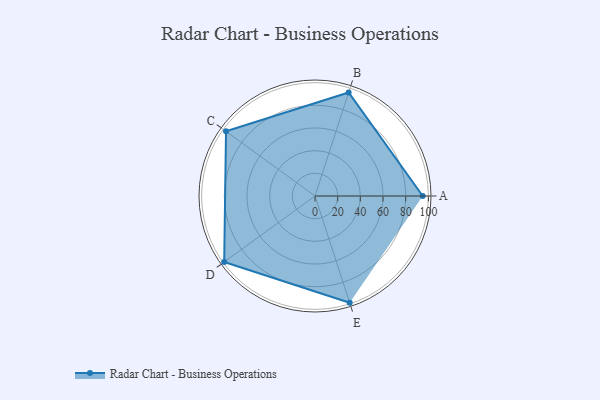
{"axis": {"x": "Skill", "y": "Score"}, "legend": ["Profile"], "data": [{"x": "A", "y": 95.0, "type": "Profile"}, {"x": "B", "y": 96.0, "type": "Profile"}, {"x": "C", "y": 97.0, "type": "Profile"}, {"x": "D", "y": 99, "type": "Profile"}, {"x": "E", "y": 99, "type": "Profile"}]}